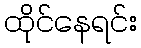
ထိုင်နေရင်း